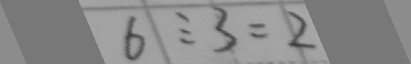
6 \div 3 = 2